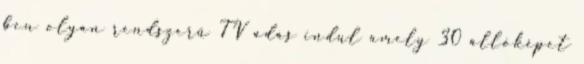
ben olyan rendszerű TV adás indul amely 30 állóképet